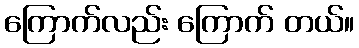
ကြောက်လည်း ကြောက် တယ်။